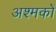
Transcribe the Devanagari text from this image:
अश्मकों